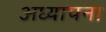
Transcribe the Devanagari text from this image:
अध्यापना